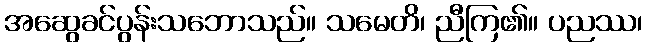
အဆွေခင်ပွန်းသဘောသည်။ သမေတိ၊ ညီကြ၏။ ပညဿ၊